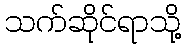
သက်ဆိုင်ရာသို့